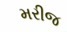
મરીજ